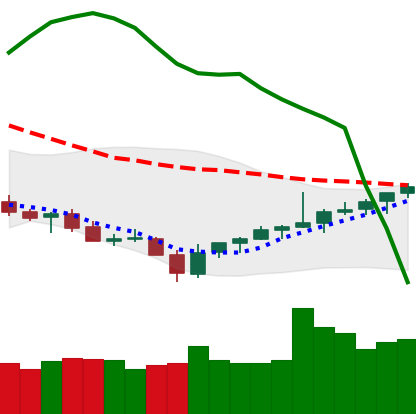
Ticker: TRX-USD
Chart end date: 2021-07-31
Forward return: 9.424%
Label: up_7plus